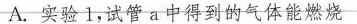
A.实验1，试管a中得到的气体能燃烧